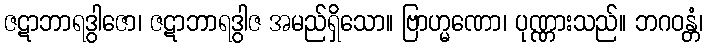
ဇဋာဘာရဒွါဇော၊ ဇဋာဘာရဒွါဇ အမည်ရှိသော။ ဗြာဟ္မဏော၊ ပုဏ္ဏားသည်။ ဘဂဝန္တံ၊